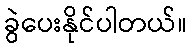
ခွဲပေးနိုင်ပါတယ်။